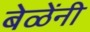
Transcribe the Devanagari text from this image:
बेळेंनी